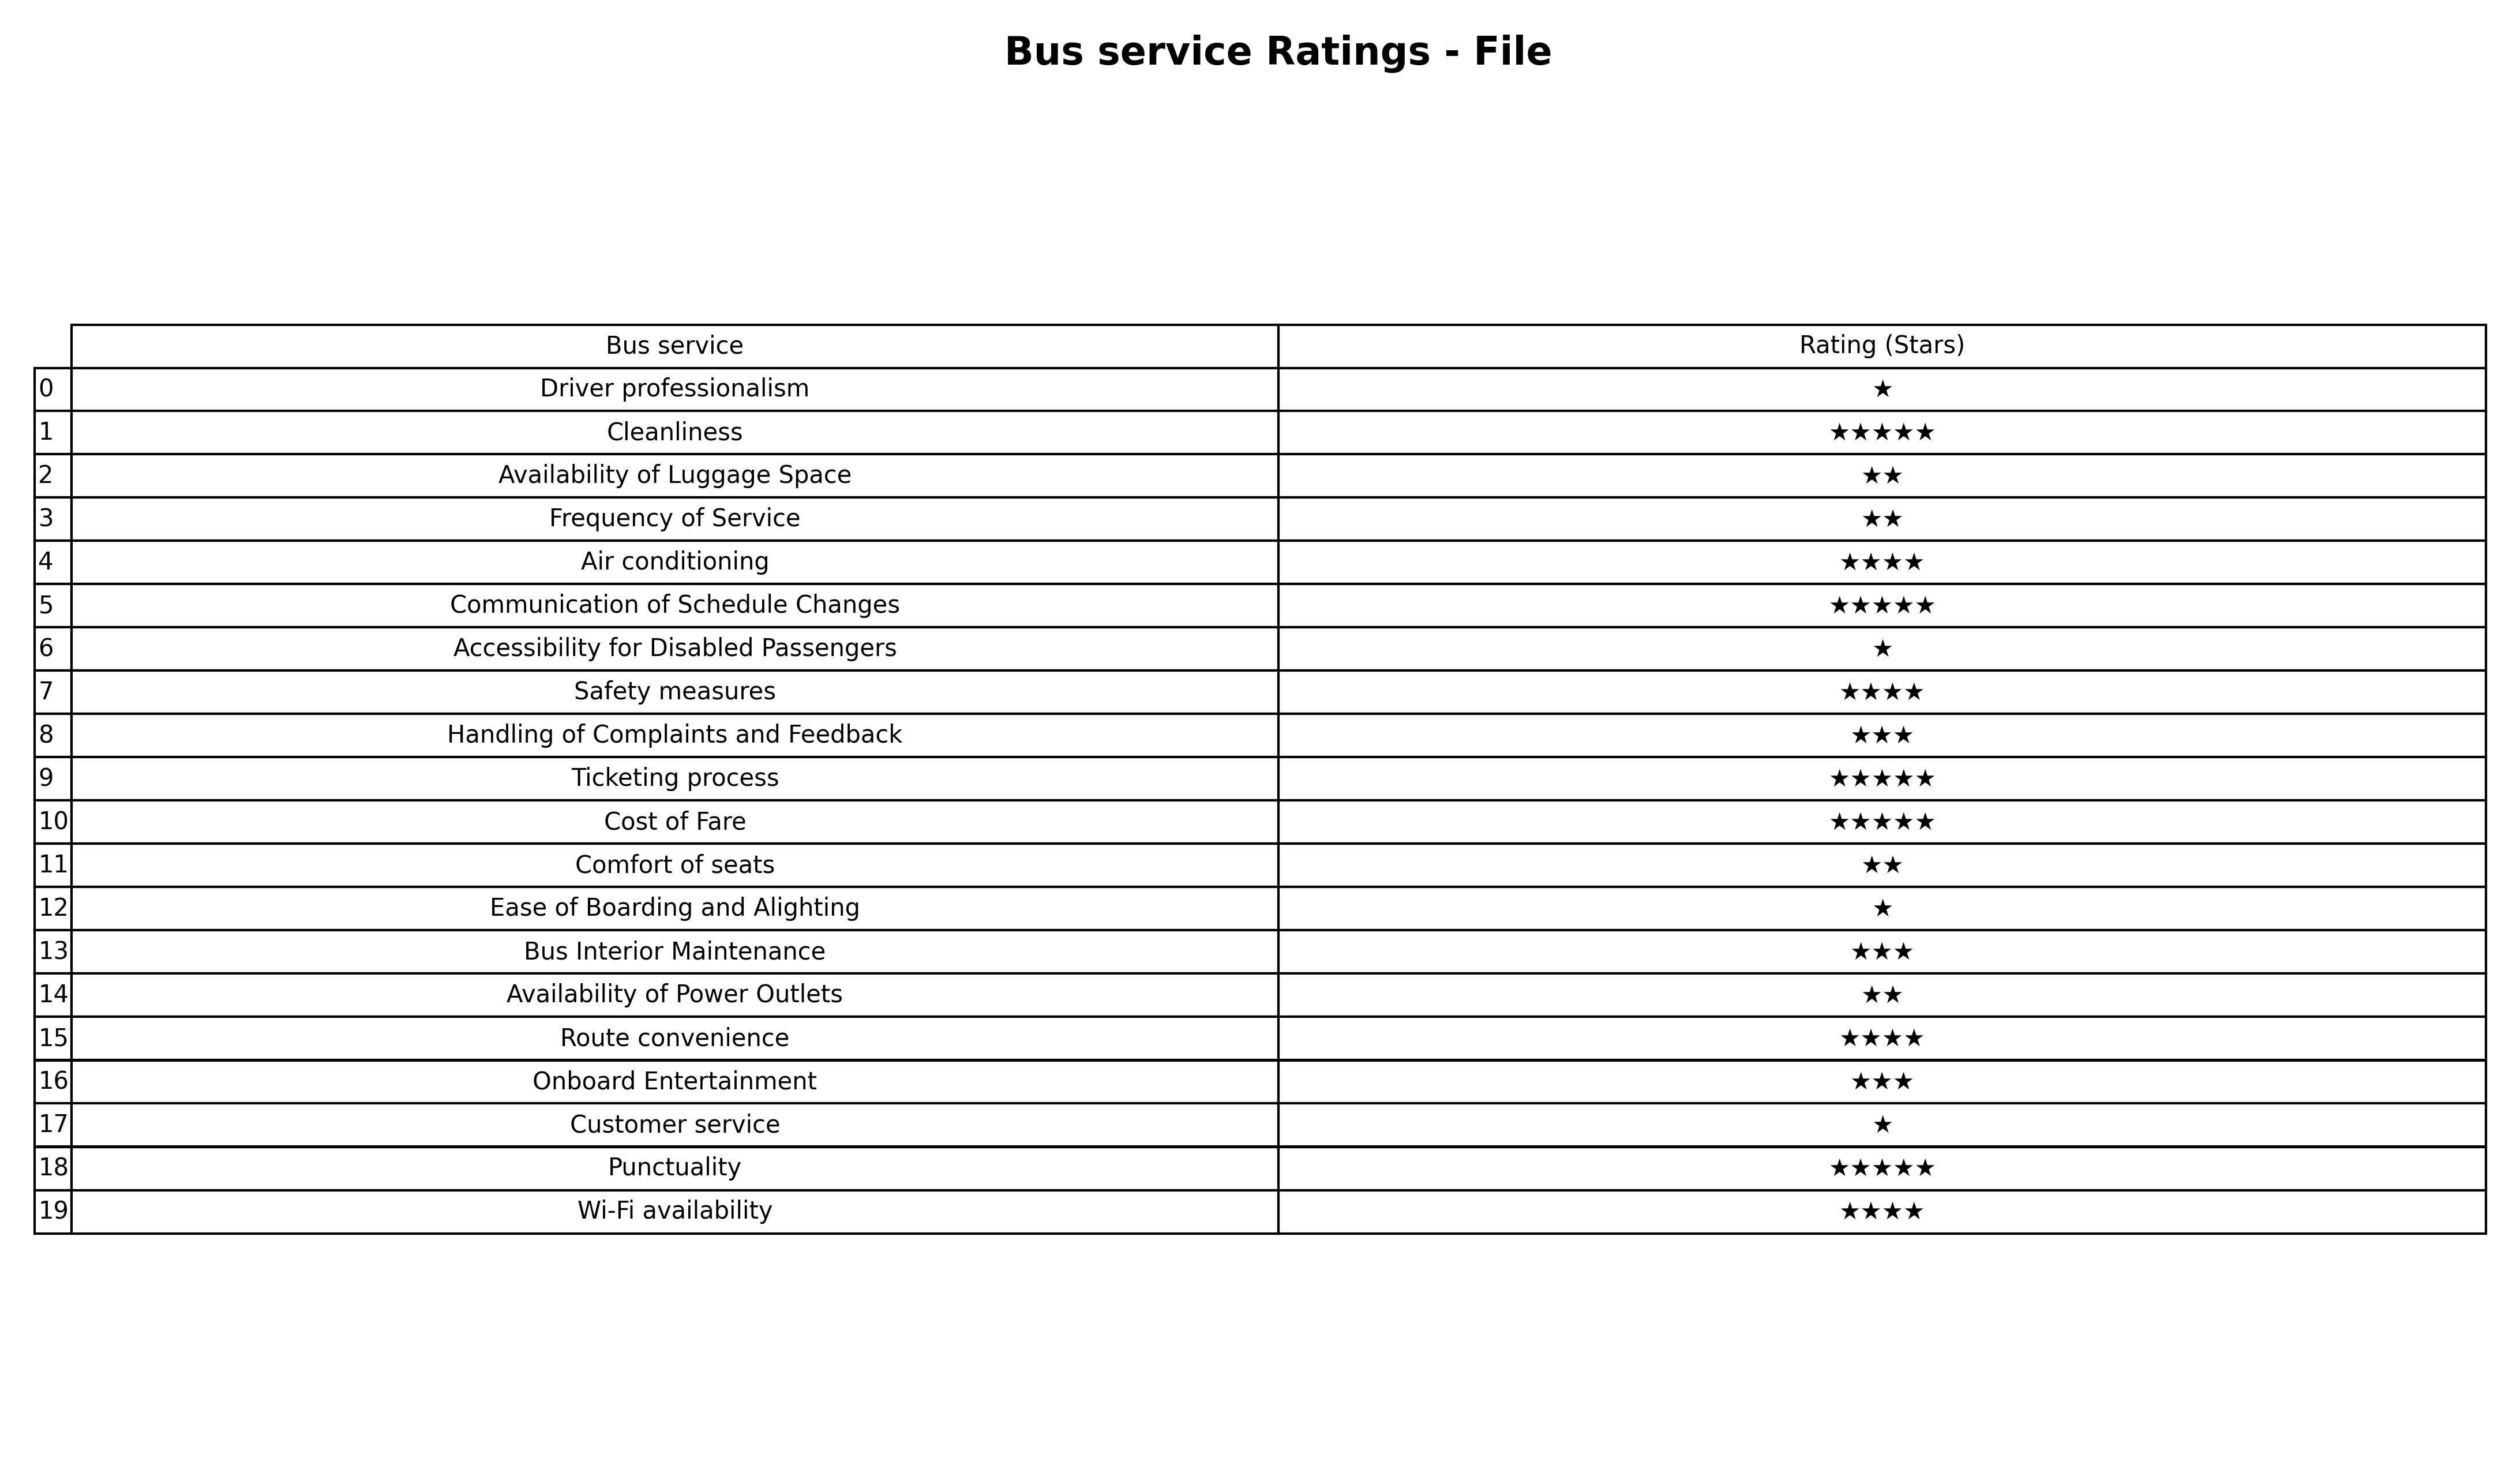
question: What are two star services?
answer: Availability of Luggage SpaceFrequency of ServiceComfort of seatsAvailability of Power Outlets